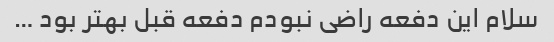
سلام این دفعه راضی نبودم دفعه قبل بهتر بود …